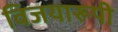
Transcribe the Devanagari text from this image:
विजयारूपी